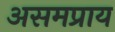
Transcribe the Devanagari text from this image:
असमप्राय